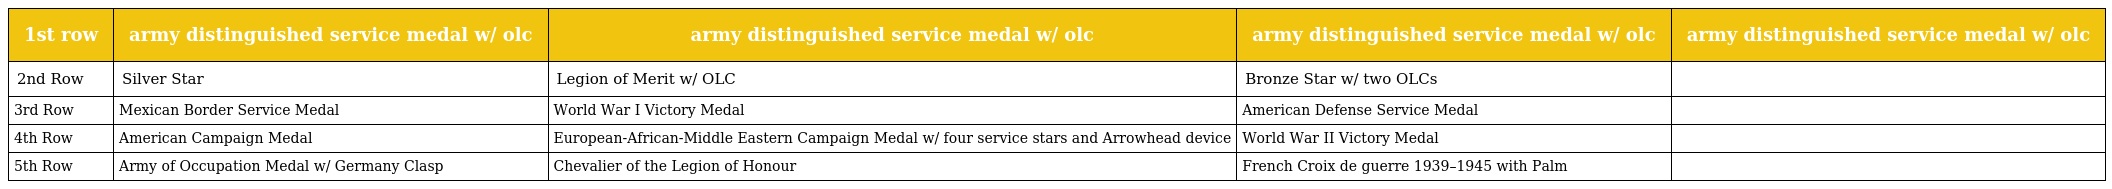
| 1st row | army distinguished service medal w/ olc | army distinguished service medal w/ olc | army distinguished service medal w/ olc | army distinguished service medal w/ olc |
 | --- | --- | --- | --- | --- |
 | 2nd Row | Silver Star | Legion of Merit w/ OLC | Bronze Star w/ two OLCs |  |
 | 3rd Row | Mexican Border Service Medal | World War I Victory Medal | American Defense Service Medal |  |
 | 4th Row | American Campaign Medal | European-African-Middle Eastern Campaign Medal w/ four service stars and Arrowhead device | World War II Victory Medal |  |
 | 5th Row | Army of Occupation Medal w/ Germany Clasp | Chevalier of the Legion of Honour | French Croix de guerre 1939–1945 with Palm |  |